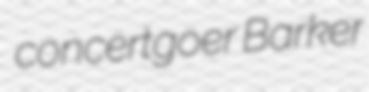
concertgoer Barker